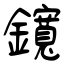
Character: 鑧